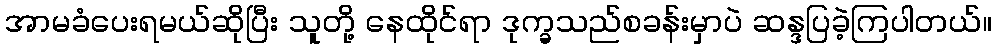
အာမခံပေးရမယ်ဆိုပြီး သူတို့ နေထိုင်ရာ ဒုက္ခသည်စခန်းမှာပဲ ဆန္ဒပြခဲ့ကြပါတယ်။